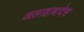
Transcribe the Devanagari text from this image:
अलाहाबादेस